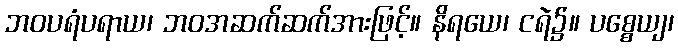
ဘဝပရံပရာယ၊ ဘဝအဆက်ဆက်အားဖြင့်။ နိရယေ၊ ငရဲ၌။ ပစ္စေယျ၊